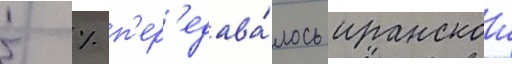
5 % п'ер'едава́лось иранскои